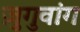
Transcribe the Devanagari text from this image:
ज़ुगुवांग